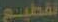
تقطيع